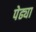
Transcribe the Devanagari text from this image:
पेढ्या